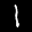
Label: 1